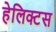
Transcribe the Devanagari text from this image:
हेलिक्टस